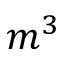
m ^ { 3 }